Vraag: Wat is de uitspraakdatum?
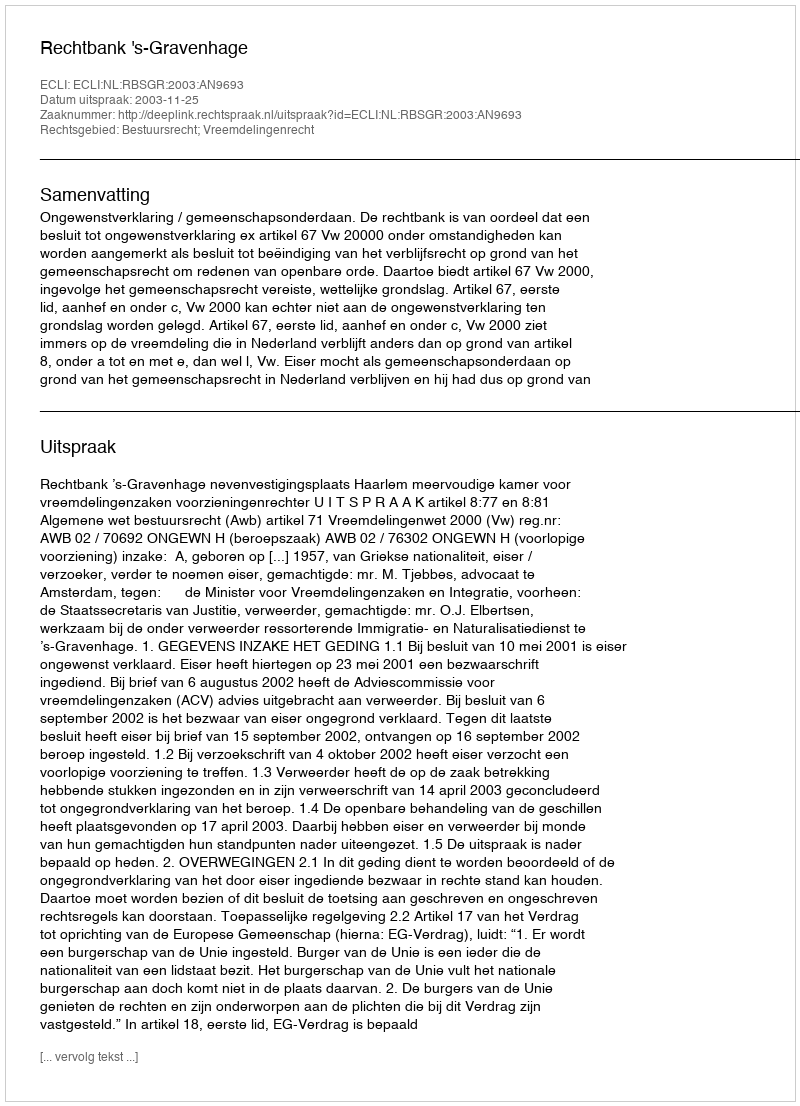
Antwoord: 2003-11-25